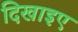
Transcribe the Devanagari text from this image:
दिखाइए